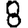
Digit: 8